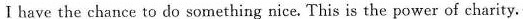
Ⅰhave the chance to do something nice. This is the power of charity.